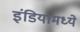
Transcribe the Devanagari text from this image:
इंडियामध्‍ये